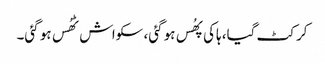
کرکٹ گیا، ہاکی پھُس ہو گئی، سکواش ٹھُس ہو گئی۔